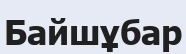
Байшұбар